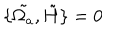
\{ \tilde { \Omega _ { a } } , \tilde { H } \} = 0